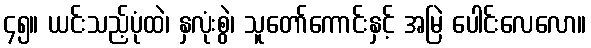
၄၅။ ယင်းသည့်ပုံထဲ၊ နှလုံးစွဲ၊ သူတော်ကောင်းနှင့် အမြဲ ပေါင်းလေလော။